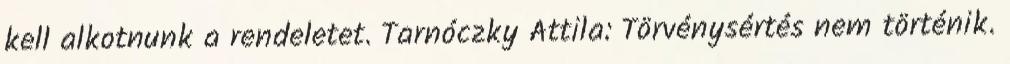
kell alkotnunk a rendeletet. Tarnóczky Attila: Törvénysértés nem történik.